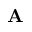
\mathbf { A }